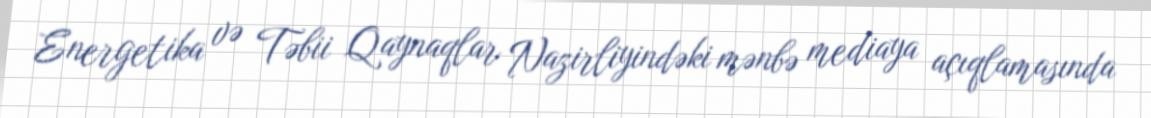
Energetika və Təbii Qaynaqlar Nazirliyindəki mənbə mediaya açıqlamasında